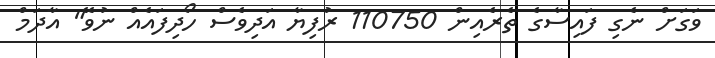
ވަގަށް ނެގި ފައިސާގެ ތެރެއިން 110750 ރުފިޔާ އަދިވެސް ހޯދިފައެއް ނުވޭ" އާދަމް